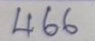
466